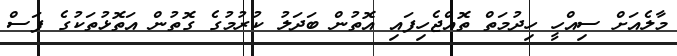
މާލެއަށް ސިއްހީ ހިދުމަތް ތޮއްޖެހިފައި އޮތުން ބަދަލު ކުރުމުގެ ގޮތުން އަތޮޅުތަކުގެ ފަސް